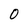
Character: O